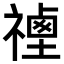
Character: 𥛡